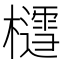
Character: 𪴐